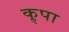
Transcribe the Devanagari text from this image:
कॣपा